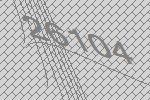
26104